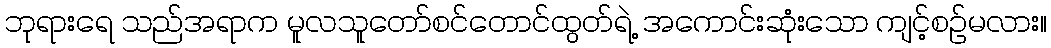
ဘုရားရေ သည်အရာက မူလသူတော်စင်တောင်ထွတ်ရဲ့ အကောင်းဆုံးသော ကျင့်စဉ်မလား။